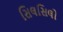
સિલસિલો